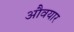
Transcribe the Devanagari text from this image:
औवयार